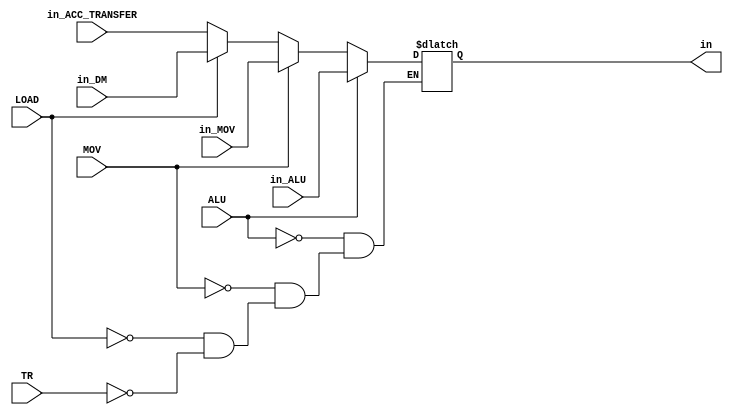
module REG_WR_MUX(
  input [15:0] in_ALU,
  input [15:0] in_MOV,
  input [15:0] in_DM,
  input [15:0] in_ACC_TRANSFER,
  input ALU,MOV,LOAD,TR,
  output reg [15:0] in
);

always @(*) begin
  if (ALU)
    in <= in_ALU;
  else if (MOV)
    in <= in_MOV;
  else if (LOAD)
    in <= in_DM; 
  else if (TR)
    in <= in_ACC_TRANSFER;  
end

endmodule